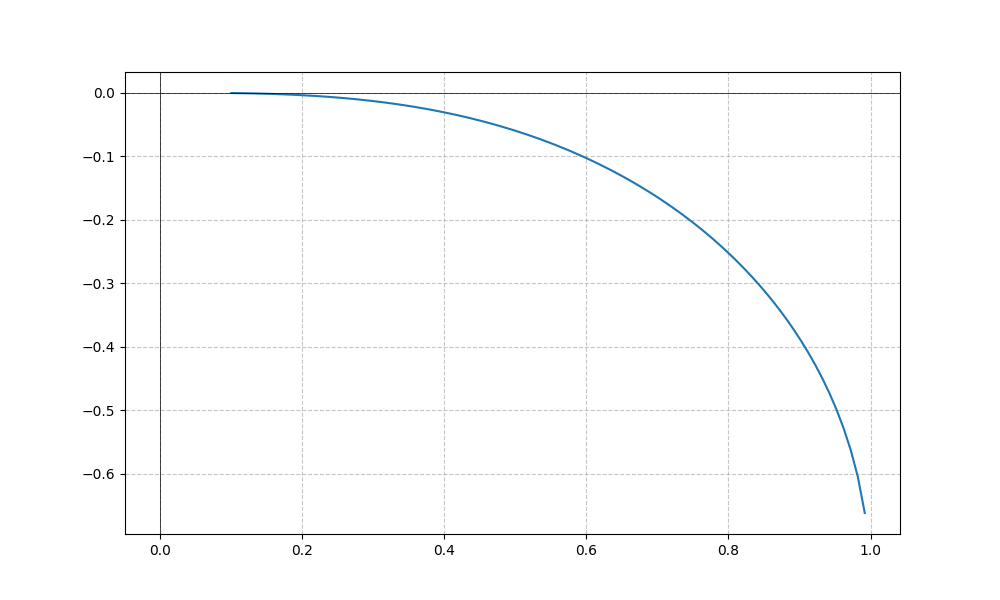
LaTeX formula: \operatorname{acos}{\left(x \right)} - \operatorname{acot}{\left(x \right)}